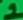
Text: 1